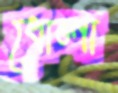
ধোলা